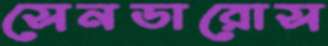
সেনডারোস